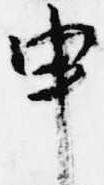
申